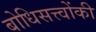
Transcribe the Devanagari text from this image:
बोधिसत्त्‍वोंकी